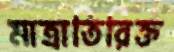
মাত্রাতিরিক্ত